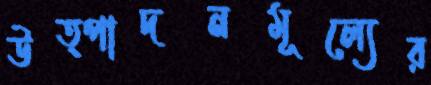
উত্পাদনমূল্যের